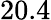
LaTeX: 20.4